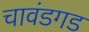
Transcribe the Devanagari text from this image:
चावंडगड